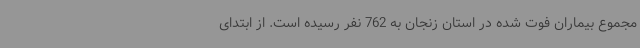
مجموع بیماران فوت شده در استان زنجان به 762 نفر رسیده است. از ابتدای